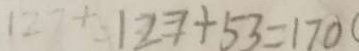
1 2 7 + 1 2 7 + 5 3 = 1 7 0 (